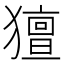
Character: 𤢏